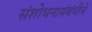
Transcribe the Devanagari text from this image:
संशोधनासंबंधीचे